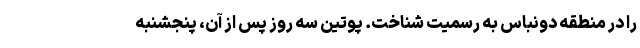
را در منطقه دونباس به رسمیت شناخت. پوتین سه روز پس از آن، پنجشنبه